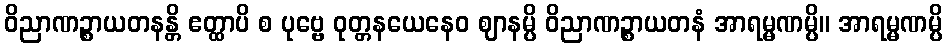
ဝိညာဏဉ္စာယတနန္တိ ဧတ္ထာပိ စ ပုဗ္ဗေ ဝုတ္တနယေနေဝ ဈာနမ္ပိ ဝိညာဏဉ္စာယတနံ အာရမ္မဏမ္ပိ။ အာရမ္မဏမ္ပိ